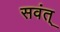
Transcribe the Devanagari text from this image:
सवंत्